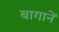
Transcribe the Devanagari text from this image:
बागानें